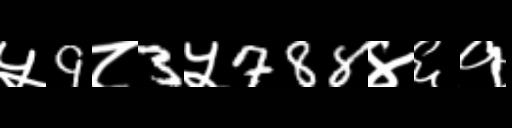
Text: ५9८3५788४६१